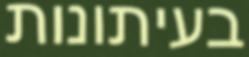
בעיתונות